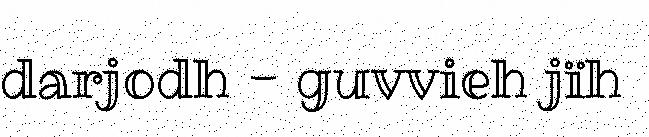
darjodh - guvvieh jïh